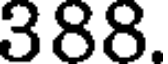
388.